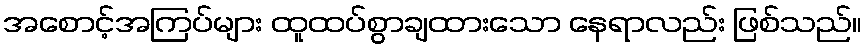
အစောင့်အကြပ်များ ထူထပ်စွာချထားသော နေရာလည်း ဖြစ်သည်။